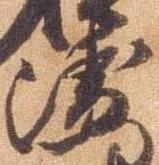
衛